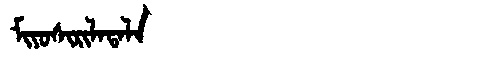
Manchu: ᠮᡳᠶᠣᠰᡳᡵᡳᠯᠠᡨᠠᠯᠠ
Romanization: MIYOSIRILATALA